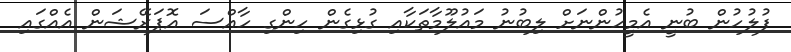
ފުލުހުން ބުނީ އެމީހުންނަށް ލިބުނު މައުލޫމާތަކާއި ގުޅިގެން ހިންގި ހާއްސަ އޮޕަރޭޝަން އެއްގައި